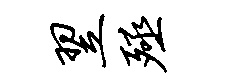
翌殛